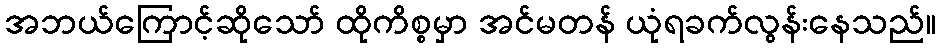
အဘယ်ကြောင့်ဆိုသော် ထိုကိစ္စမှာ အင်မတန် ယုံရခက်လွန်းနေသည်။